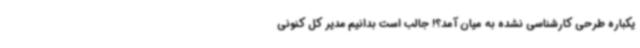
یکباره طرحی کارشناسی نشده به میان آمد؟! جالب است بدانیم مدیر کل کنونی